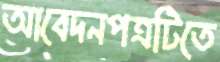
আবেদনপত্রটিতে